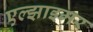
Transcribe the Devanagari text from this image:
एल्झाइमर